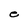
Character: e